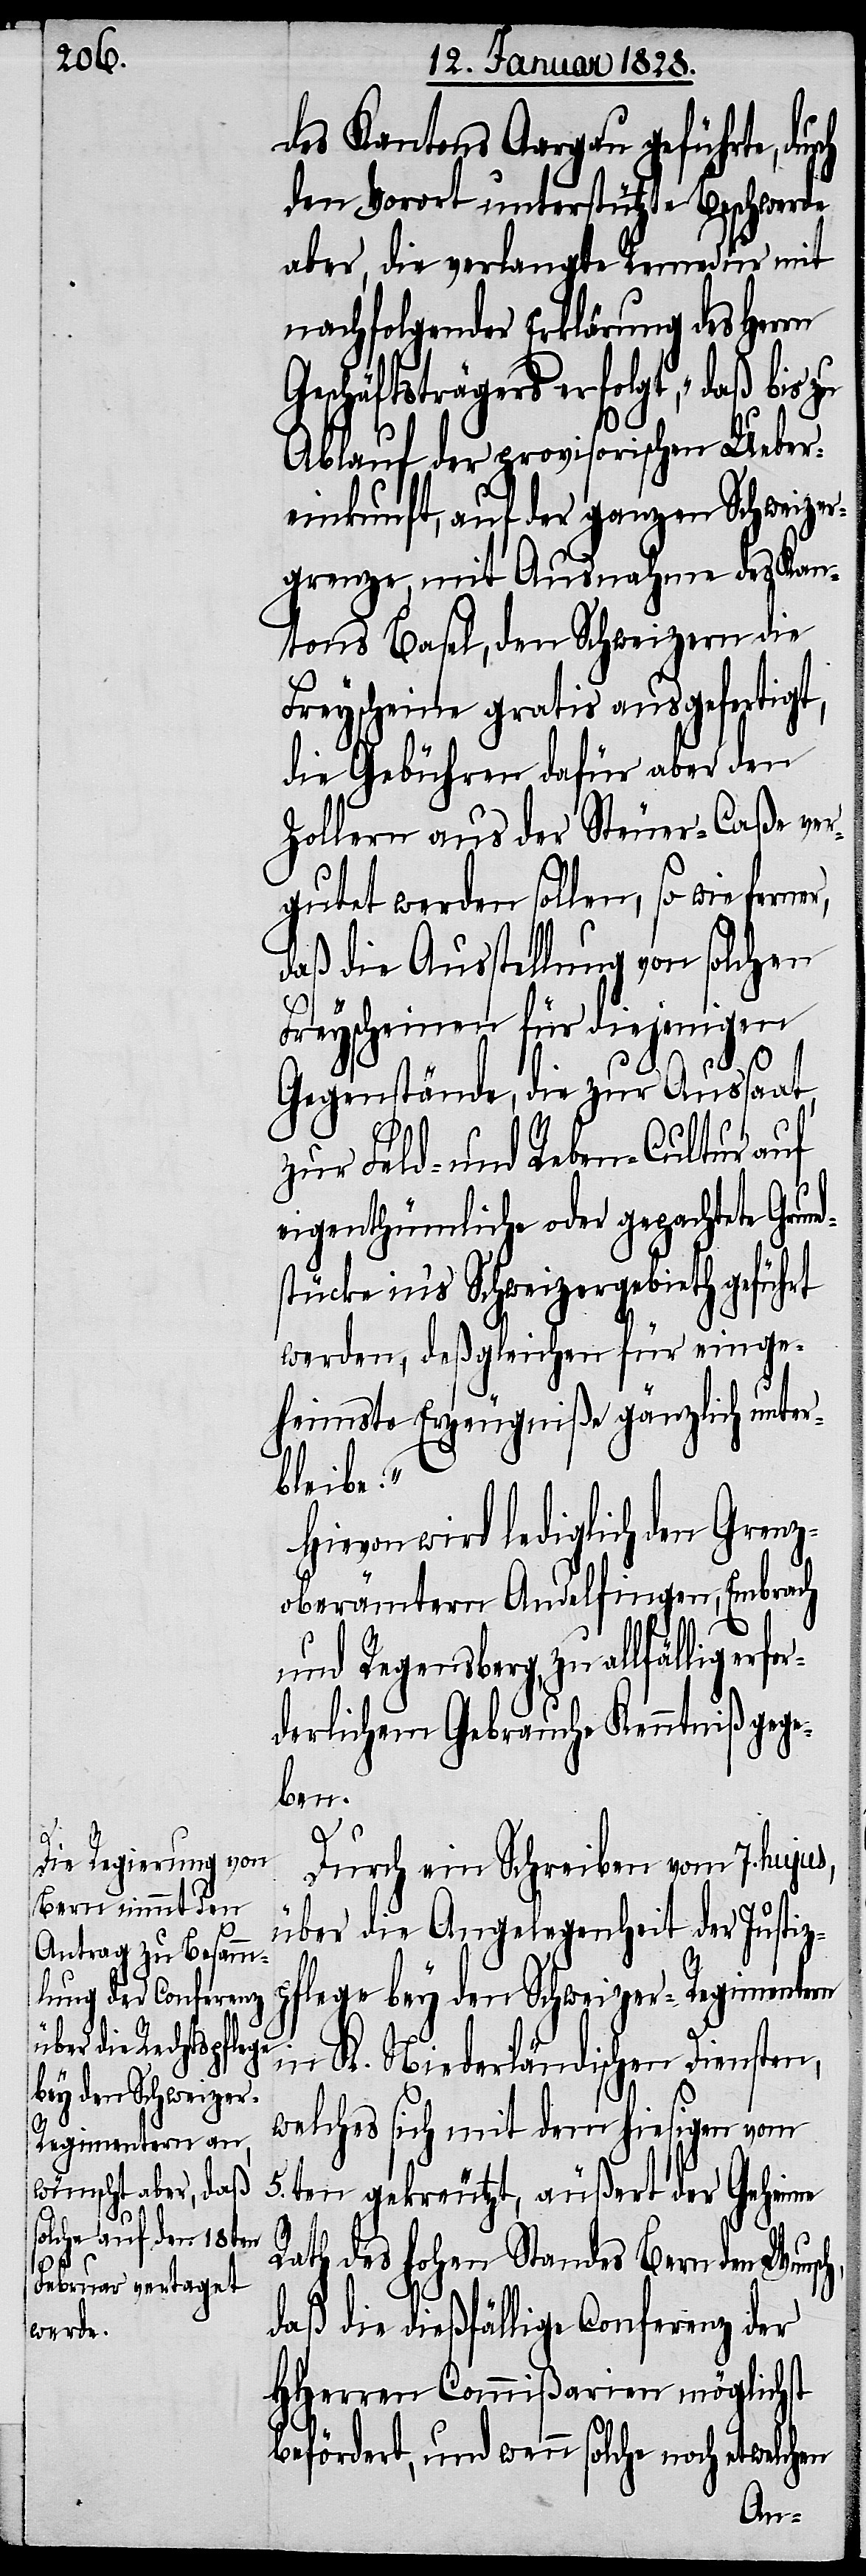
des Kantons Aargau geführte, du¬
den Vorort unterstützte Beschwerde
aber, die verlangte Remedur mit
nachfolgender Erklärung des Herrn
Geschäftsträgers erfolgt, „daß bis zu
Ablauf der provisorischen Ueber¬
einkunft, auf der ganzen Schweizer¬
grenze, mit Ausnahme des Kan¬
tons Basel, den Schweizern die
Freyscheine gratis ausgefertigt,
die Gebühren dafür aber den
Zollern aus der Steuer-Caßa ver¬
gutet werden sollen, so wie ferner,
daß die Ausstellung von solchen
Freyscheinen für diejenigen
sch,
d¬
Gegenstände, die zur Aussaat,
zur Feld- und Reben-Cultur auf
eigenthümliche oder gepachtete Grun¬
stücke ins Schweizergebieth geführt
werden, deßgleichen für einge¬
heimste Erzeugniße gänzlich unter¬
bleibe.“
Hievon wird lediglich den Grenz¬
oberämtern Andelfingen, Embrach
und Regensberg, zu allfällig
derlichem Gebrauche Kenntniß gege¬
ben.
Durch ein Schreiben vom 7. hujus,
über die Angelegenheit der Justiz¬
pflege bey den Schweizer-Regimentern
in K. Niederländischen Diensten,
welches sich mit dem hiesigen vom
5ten gekreutzt, äußert, der Geheime
Rath des hohen Standes Bern den Wun¬
daß die dießfällige Conferenz der
HHerren Commißarien möglichst
befördert, und wenn solche noch etwelchen